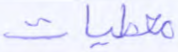
معطيات